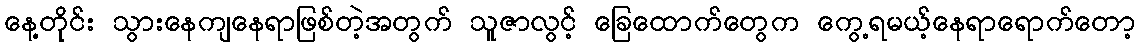
နေ့တိုင်း သွားနေကျနေရာဖြစ်တဲ့အတွက် သူဇာလွင့် ခြေထောက်တွေက ကွေ့ရမယ့်နေရာရောက်တော့